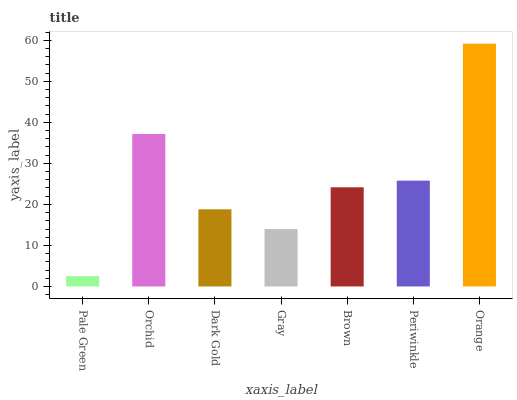
| xaxis_label | bars |
 | --- | --- |
 | Pale Green | 2.52 |
 | Orchid | 37.2 |
 | Dark Gold | 18.8 |
 | Gray | 14 |
 | Brown | 24.2 |
 | Periwinkle | 25.8 |
 | Orange | 59.2 |